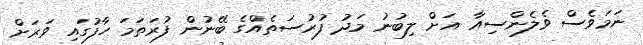
ނަމަވެސް ވެލެންސިއާ އަށް ލިބުނު މަދު ފުރުސަތެއްގެ ބޭނުން ފުރަތަމަ ހާފުގައި ވަރަށް